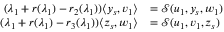
\begin{array} { r l } { ( \lambda _ { 1 } + r ( \lambda _ { 1 } ) - r _ { 2 } ( \lambda _ { 1 } ) ) \langle y _ { s } , v _ { 1 } \rangle } & { = { \mathcal { S } } ( u _ { 1 } , y _ { s } , w _ { 1 } ) } \\ { ( \lambda _ { 1 } + r ( \lambda _ { 1 } ) - r _ { 3 } ( \lambda _ { 1 } ) ) \langle z _ { s } , w _ { 1 } \rangle } & { = { \mathcal { S } } ( u _ { 1 } , v _ { 1 } , z _ { s } ) } \end{array}